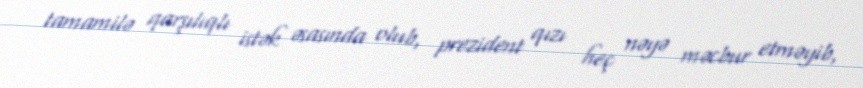
tamamilə qarşılıqlı istək əsasında olub, prezident qızı heç nəyə məcbur etməyib,